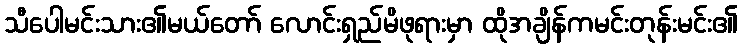
သီပေါမင်းသား၏မယ်တော် လောင်းရှည်မိဖုရားမှာ ထိုအချိန်ကမင်းတုန်းမင်း၏